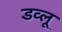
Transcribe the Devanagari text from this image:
डव्लू